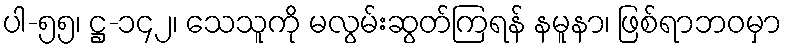
ပါ-၅၅၊ ဋ္ဌ-၁၄၂၊ သေသူကို မလွမ်းဆွတ်ကြရန် နမူနာ၊ ဖြစ်ရာဘဝမှာ